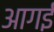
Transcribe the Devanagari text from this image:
आगई